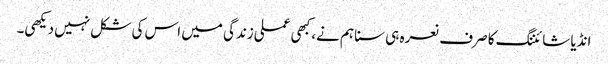
انڈیا شائننگ کا صرف نعرہ ہی سنا ہم نے، کبھی عملی زندگی میں اس کی شکل نہیں دیکھی۔